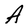
Character: A